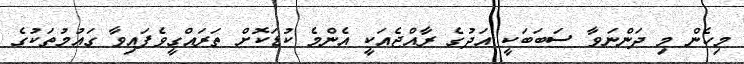
މިހެން މި ދަންނަވާ ސަބަބަކީ އަދުގެ ރާއްޖެއަކީ އެންމެ ކުޑަކޮށް ތަރައްގީވެފައިވާ ގައުމުތަކުގެ